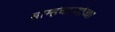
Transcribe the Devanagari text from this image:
ब्राम्हचाऱ्यांच्या